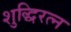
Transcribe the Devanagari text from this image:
शुद्धिरत्न